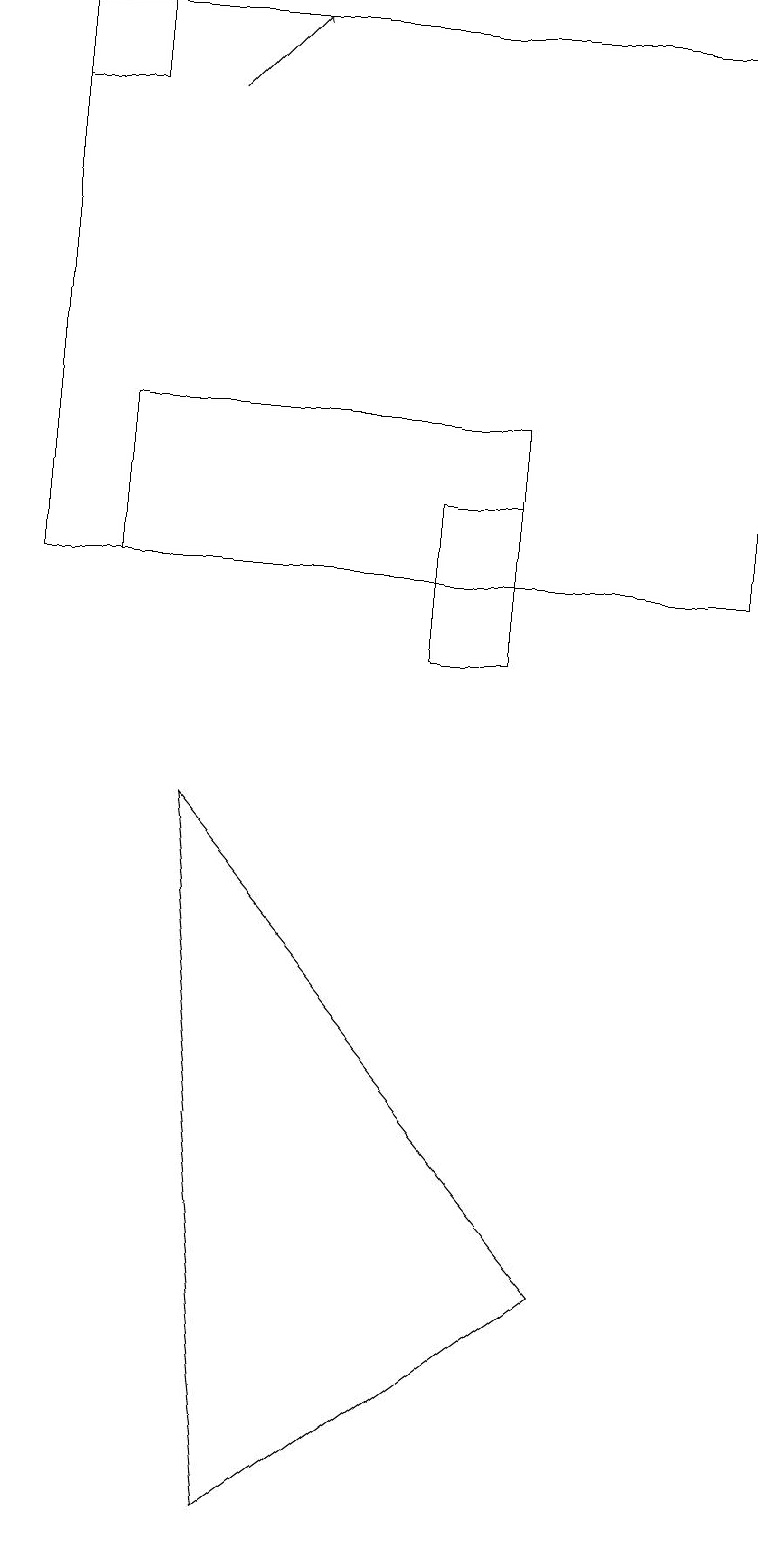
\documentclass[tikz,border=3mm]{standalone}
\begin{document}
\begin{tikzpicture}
\draw (9,12) rectangle (0,19);
\draw (2,9) -- (7,3) -- (3,0) -- cycle;
\draw (1,19) rectangle (0,18);
\draw (6,14) rectangle (1,12);
\draw[->] (2,18) -- (3,19);
\draw (6,13) rectangle (5,11);
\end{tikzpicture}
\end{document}